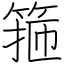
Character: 箍